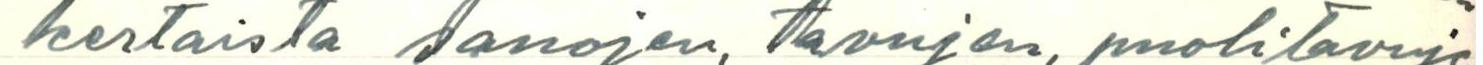
kertaista sanojen, tavujen, puolitavujen